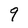
Character: 9